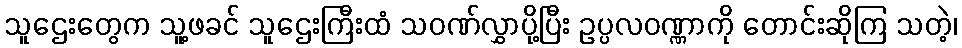
သူဌေးတွေက သူ့ဖခင် သူဌေးကြီးထံ သဝဏ်လွှာပို့ပြီး ဥပ္ပလဝဏ္ဏာကို တောင်းဆိုကြ သတဲ့၊